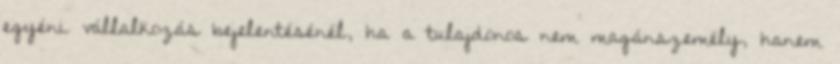
egyéni vállalkozás bejelentésénél, ha a tulajdonos nem magánszemély, hanem